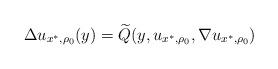
LaTeX: \begin{align*}\Delta u_{x^*,\rho_0}(y)= \widetilde{Q}( y, u_{x^*,\rho_0}, \nabla u_{x^*,\rho_0})\end{align*}